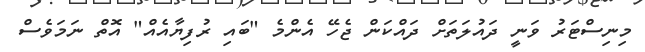
މިނިސްޓަރު ވަނީ ދައުލަތަށް ދައްކަން ޖެހޭ އެންމެ "ބައި ރުފިޔާއެއް" އޮތް ނަމަވެސް